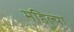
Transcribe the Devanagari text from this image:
महिल्या